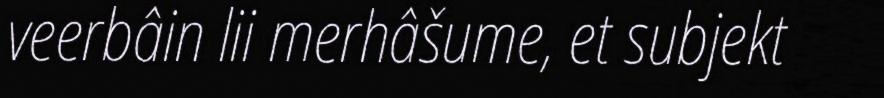
veerbâin lii merhâšume, et subjekt